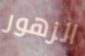
الزهور